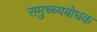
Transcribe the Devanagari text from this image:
समुच्च्यबोधक